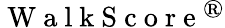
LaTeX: \mathrm{~W~a~l~k~S~c~o~r~e~}^{\textregistered}